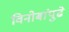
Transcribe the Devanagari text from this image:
विनोबांपुढे